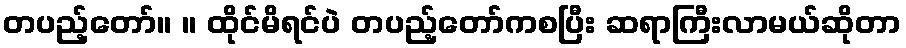
တပည့်တော်။ ။ ထိုင်မိရင်ပဲ တပည့်တော်ကစပြီး ဆရာကြီးလာမယ်ဆိုတာ